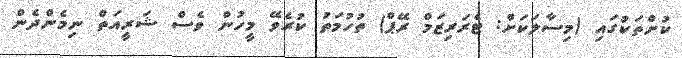
ކުށްތަކުގައި (މިސާލަކަށް: ޓެރަރިޒަމް ރޭޕް) ތުހުމަތު ކުރެވޭ މީހުން ވެސް ޝަރީއަތް ނިމެންދެން